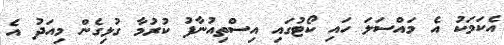
އެކަމަކު އެ މައްސަލަ ހައި ކޯޓުގައި އިސްތިއުނާފު ކުރުމާ ގުޅިގެން މިއަދު އެ